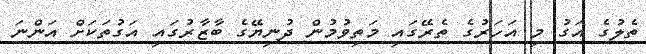
ތެލުގެ އަގު މި އަހަރުގެ ތެރޭގައި މަތިވުމުން ދުނިޔޭގެ ބާޒާރުގައި އަގުތަކަށް އަންނަ